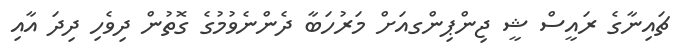
ޗައިނާގެ ރައީސް ޝީ ޖިންޕިންގއަށް މަރުހަބާ ދެންނެވުމުގެ ގޮތުން ދިވެހި ދިދަ އާއި